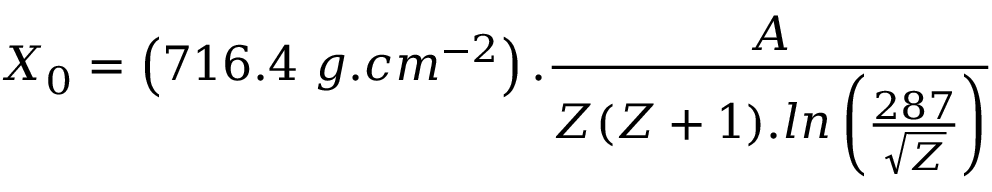
X _ { 0 } = \left( 7 1 6 . 4 ~ g . c m ^ { - 2 } \right) . \frac { A } { Z ( Z + 1 ) . l n \left( \frac { 2 8 7 } { \sqrt { Z } } \right) }